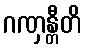
ဂဏှန္တီတိ